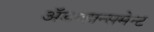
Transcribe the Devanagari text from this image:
अॅडव्हान्समेन्ट